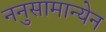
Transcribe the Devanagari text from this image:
ननुसामान्येन